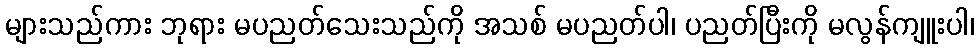
များသည်ကား ဘုရား မပညတ်သေးသည်ကို အသစ် မပညတ်ပါ၊ ပညတ်ပြီးကို မလွန်ကျူးပါ၊